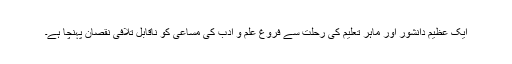
ایک عظیم دانشور اور ماہر تعلیم کی رحلت سے فروغ علم و ادب کی مساعی کو ناقابل تلافی نقصان پہنچا ہے۔